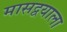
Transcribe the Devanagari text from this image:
मासद्वयाला